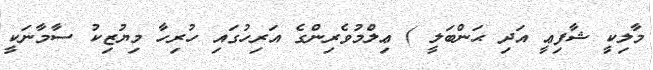
މާލިކީ ޝާފިޢީ އަދި ޙަންބަލީ ) ޢިލްމުވެރިންގެ އަރިހުގައި ހުރިހާ މިޔުޒިކު ސާމާނަކީ